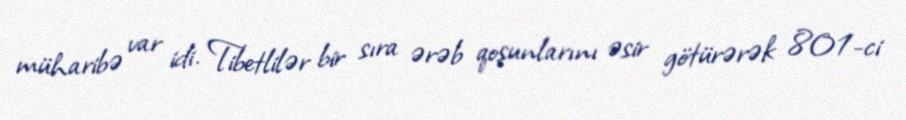
müharibə var idi. Tibetlilər bir sıra ərəb qoşunlarını əsir götürərək 801-ci